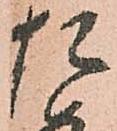
た